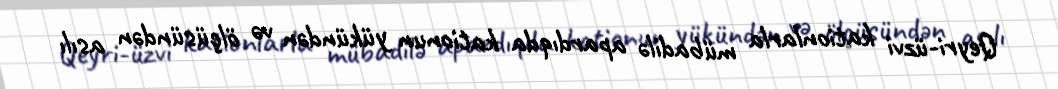
Qeyri-üzvi kationlarla mübadilə apardıqda kationun yükündən və ölçüsündən asılı